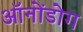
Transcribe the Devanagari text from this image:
ऑनोंडोग